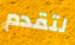
لتقدم